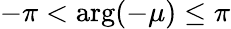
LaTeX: -\pi<\arg(-\mu)\leq\pi